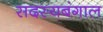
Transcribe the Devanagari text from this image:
सदस्यबंगाल